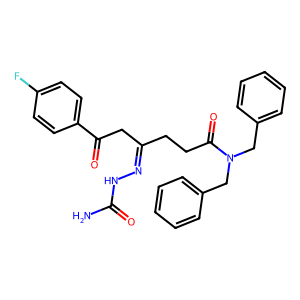
SMILES: NC(=O)NN=C(CCC(=O)N(Cc1ccccc1)Cc1ccccc1)CC(=O)c1ccc(F)cc1
Inhibits HIV replication: No